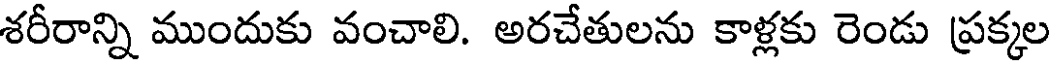
శరీరాన్ని ముందుకు వంచాలి. అరచేతులను కాళ్లకు రెండు ప్రక్కల